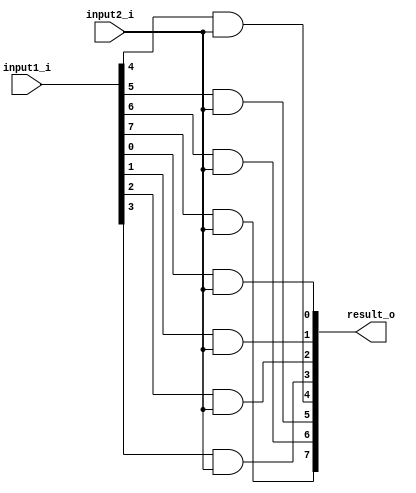
module and_op(input1_i,input2_i,result_o);
input [7:0] input1_i;
input input2_i;
output [7:0] result_o;

assign result_o[0] = input1_i[0] & input2_i;
assign result_o[1] = input1_i[1] & input2_i;
assign result_o[2] = input1_i[2] & input2_i;
assign result_o[3] = input1_i[3] & input2_i;
assign result_o[4] = input1_i[4] & input2_i;
assign result_o[5] = input1_i[5] & input2_i;
assign result_o[6] = input1_i[6] & input2_i;
assign result_o[7] = input1_i[7] & input2_i;

endmodule